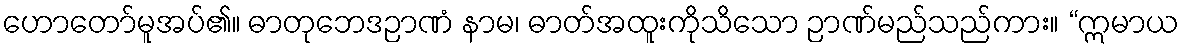
ဟောတော်မူအပ်၏။ ဓာတုဘေဒဉာဏံ နာမ၊ ဓာတ်အထူးကိုသိသော ဉာဏ်မည်သည်ကား။ “ဣမာယ